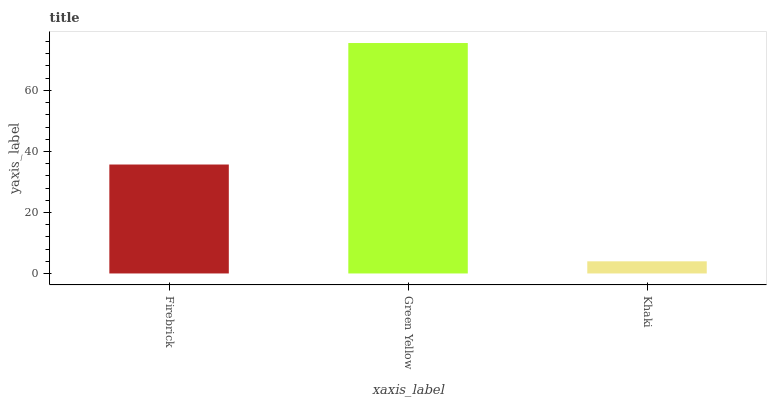
| xaxis_label | bars |
 | --- | --- |
 | Firebrick | 35.7 |
 | Green Yellow | 75.5 |
 | Khaki | 3.98 |